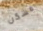
مسكن